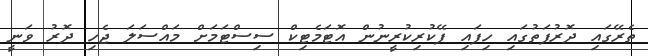
ތެރޭގައި ދޮރުފަތުގައި ހިފައި ފޭކުރިކުރީނުން އޮޓަމެޓިކް ސިސްޓަމަށް މައްސަލަ ޖެހި ދޮރު ވަނީ